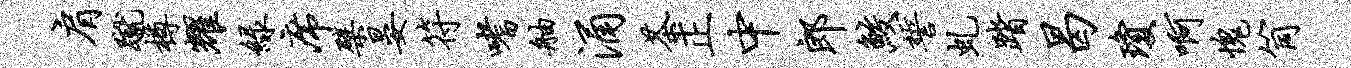
肩蹴樽耀绿席檗晏符嗜舳涌茶正中郎鲛誓虬踏曷琼啊愧筒